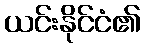
ယင်းနိုင်ငံ၏